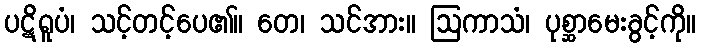
ပဋိရူပံ၊ သင့်တင့်ပေ၏။ တေ၊ သင်အား။ ဩကာသံ၊ ပုစ္ဆာမေးခွင့်ကို။